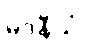
မဒနီယံ